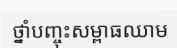
ថ្នាំបញ្ចុះសម្ពាធឈាម